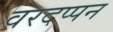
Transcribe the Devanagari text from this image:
वरदप्पन